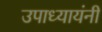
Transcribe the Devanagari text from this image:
उपाध्यायंनी